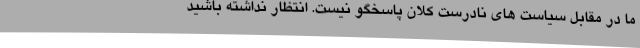
ما در مقابل سیاست های نادرست کلان پاسخگو نیست. انتظار نداشته باشید